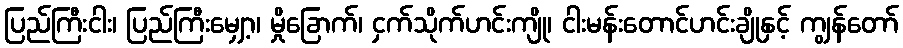
ပြည်ကြီးငါး၊ ပြည်ကြီးမျှော့၊ မှိုခြောက်၊ ငှက်သိုက်ဟင်းကျို၊ ငါးမန်းတောင်ဟင်းချိုနှင့် ကျွန်တော်